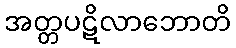
အတ္တပဋိလာဘောတိ